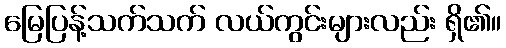
မြေပြန့်သက်သက် လယ်ကွင်းများလည်း ရှိ၏။